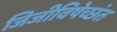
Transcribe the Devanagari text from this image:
जिजीविषेच्छंत